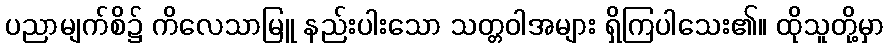
ပညာမျက်စိ၌ ကိလေသာမြူ နည်းပါးသော သတ္တဝါအများ ရှိကြပါသေး၏။ ထိုသူတို့မှာ